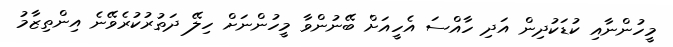
މީހުންނާއި ކުޑަކުދިން އަދި ހާއްސަ އެހީއަށް ބޭނުންވާ މީހުންނަށް ހިލޭ ދަތުރުކުރެވޭނެ އިންތިޒާމު